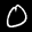
Label: 0